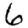
Digit: 6